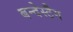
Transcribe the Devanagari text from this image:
बन्देस्टैग